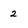
Character: 2